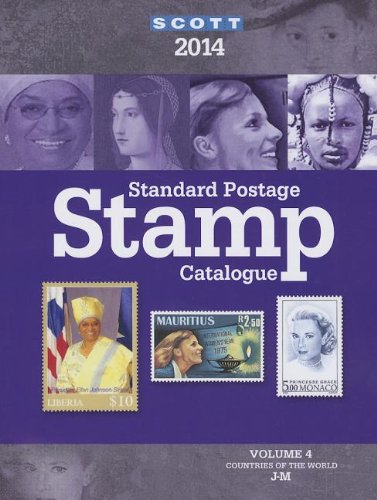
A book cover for Scott Standard Postage Stamp Catalogue 2014: Countries of the World J-M (Scott Standard Postage Stamp Catalogue Vol 4 Countries J-M); Charles Snee; Crafts, Hobbies & Home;